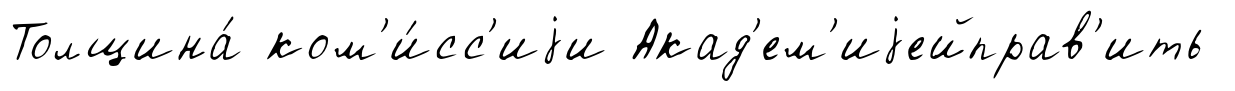
Толщина́ ком'и́сс'иjи Акад'ем'иjейправ'ить